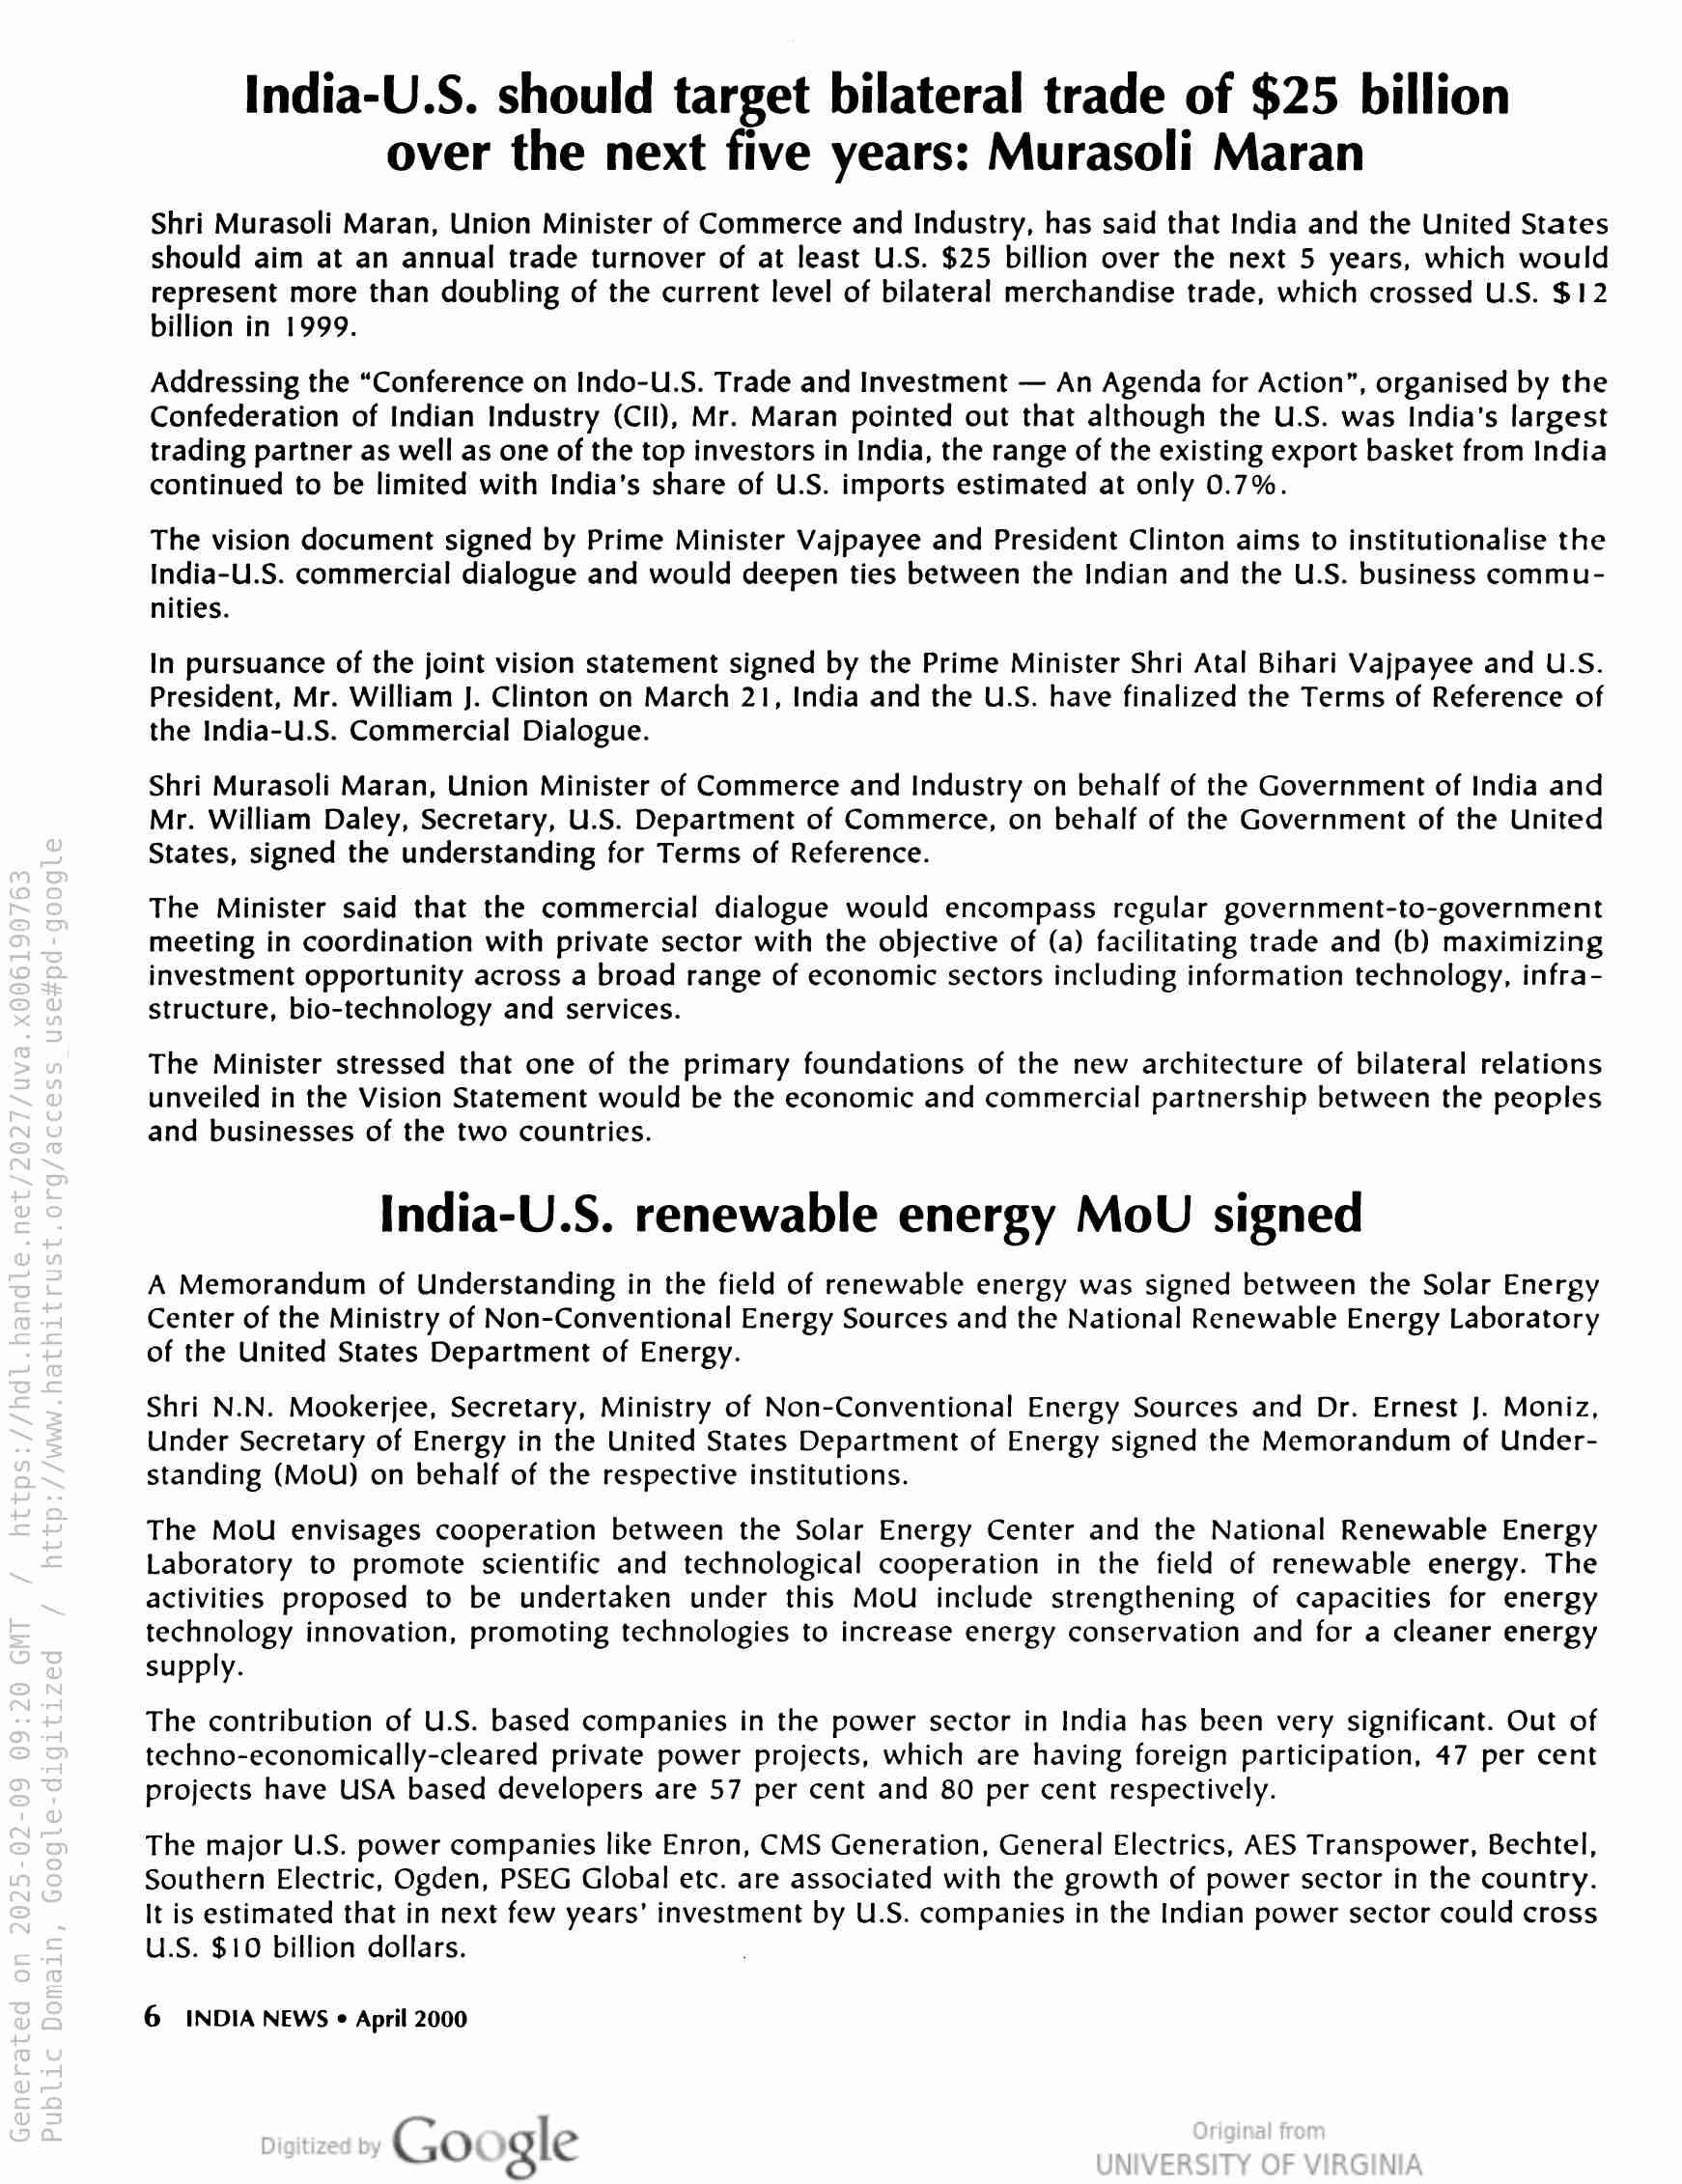
India-U.S. should target bilateral trade of $25 billion
over the next five years: Murasoli Maran

Shri Murasoli Maran, Union Minister of Commerce and Industry, has said that India and the United States
should aim at an annual trade turnover of at least U.S. $25 billion over the next 5 years, which would
represent more than doubling of the current level of bilateral merchandise trade, which crossed U.S. $12
billion in 1999.

Addressing the “Conference on Indo-U.S. Trade and Investment — An Agenda for Action”, organised by the
Confederation of Indian Industry (CII), Mr. Maran pointed out that although the U.S. was India’s largest
trading partner as well as one of the top investors in India, the range of the existing export basket from India
continued to be limited with India's share of U.S. imports estimated at only 0.7%.

The vision document signed by Prime Minister Vajpayee and President Clinton aims to institutionalise the
India-U.S. commercial dialogue and would deepen ties between the Indian and the U.S. business commu-
nities.

In pursuance of the joint vision statement signed by the Prime Minister Shri Atal Bihari Vajpayee and U.S.
President, Mr. William J. Clinton on March 21, India and the U.S. have finalized the Terms of Reference of
the India-U.S. Commercial Dialogue.

Shri Murasoli Maran, Union Minister of Commerce and Industry on behalf of the Government of India and
Mr. William Daley, Secretary, U.S. Department of Commerce, on behalf of the Government of the United
States, signed the understanding for Terms of Reference.

The Minister said that the commercial dialogue would encompass regular government-to-government
meeting in coordination with private sector with the objective of (a) facilitating trade and (b) maximizing
investment opportunity across a broad range of economic sectors including information technology, infra-
structure, bio-technology and services.

The Minister stressed that one of the primary foundations of the new architecture of bilateral relations
unveiled in the Vision Statement would be the economic and commercial partnership between the peoples
and businesses of the two countries.

India-U.S. renewable energy MoU signed

A Memorandum of Understanding in the field of renewable energy was signed between the Solar Energy
Center of the Ministry of Non-Conventional Energy Sources and the National Renewable Energy Laboratory
of the United States Department of Energy.

Shri N.N. Mookerjee, Secretary, Ministry of Non-Conventional Energy Sources and Dr. Ernest J. Moniz,
Under Secretary of Energy in the United States Department of Energy signed the Memorandum of Under-
standing (MoU) on behalf of the respective institutions.

The MoU envisages cooperation between the Solar Energy Center and the National Renewable Energy
Laboratory to promote scientific and technological cooperation in the field of renewable energy. The
activities proposed to be undertaken under this MoU include strengthening of capacities for energy
technology innovation, promoting technologies to increase energy conservation and for a cleaner energy
supply.

The contribution of U.S. based companies in the power sector in India has been very significant. Out of
techno-economically-cleared private power projects, which are having foreign participation, 47 per cent
projects have USA based developers are 57 per cent and 80 per cent respectively.

The major U.S. power companies like Enron, CMS Generation, General Electrics, AES Transpower, Bechtel,
Southern Electric, Ogden, PSEG Global etc. are associated with the growth of power sector in the country.
It is estimated that in next few years’ investment by U.S. companies in the Indian power sector could cross
U.S. $10 billion dollars.

6 INDIA NEWS ¢ April 2000

Google